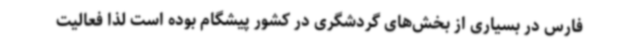
فارس در بسیاری از بخش‌های گردشگری در کشور پیشگام بوده است لذا فعالیت